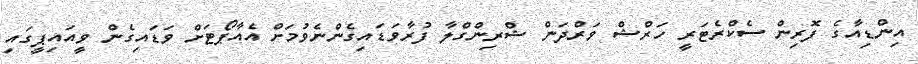
އިންޑިއާގެ ފޮރިން ސެކްރެޓަރީ ހަރްޝް ވަރްދަން ޝްރިންގްލާ ފުރާވަޑަައިގެންނެވުމަށް އެއާޕޯޓަށް ވަޑައިގެން ވީއައިޕީގައި